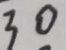
3 0